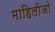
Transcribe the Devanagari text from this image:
माहिलीजो